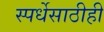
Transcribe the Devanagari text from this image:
स्पर्धेसाठीही